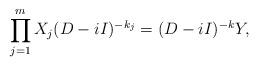
LaTeX: \begin{align*}\prod_{j=1}^m X_j(D-iI)^{-k_j}=(D-iI)^{-k}Y,\end{align*}